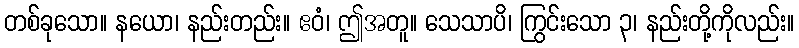
တစ်ခုသော။ နယော၊ နည်းတည်း။ ဧဝံ၊ ဤအတူ။ သေသာပိ၊ ကြွင်းသော ၃၊ နည်းတို့ကိုလည်း။